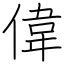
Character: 偉